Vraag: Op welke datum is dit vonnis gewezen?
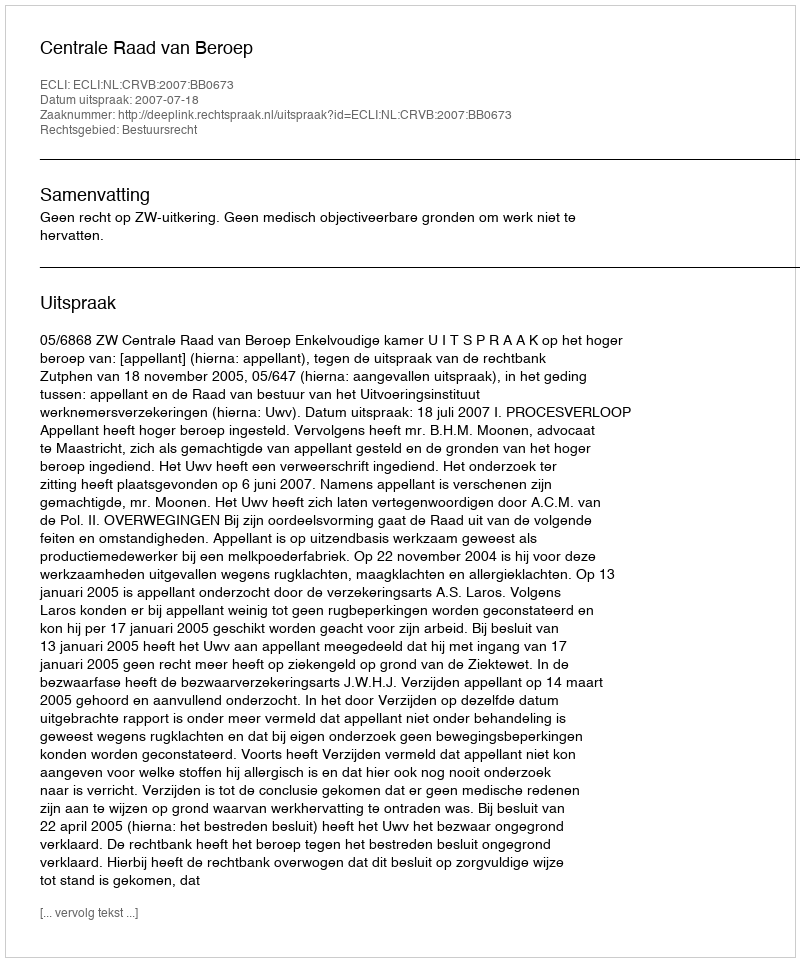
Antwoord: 2007-07-18